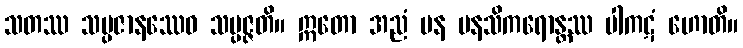
သတဿ သမ္ပဇာနဿေဝ သမ္ပဇ္ဇတိ။ ဣတော အညံ ပန မနသိကရောန္တဿ ပါကဋံ ဟောတိ။